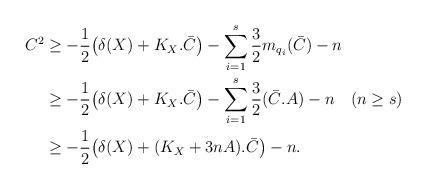
LaTeX: \begin{align*} C^2 &\geq -\frac{1}{2}\big( \delta(X) + K_X.\bar{C} \big) - \sum_{i=1}^s \frac{3}{2}m_{q_i}(\bar{C}) - n\\ &\geq -\frac{1}{2}\big( \delta(X) + K_X.\bar{C} \big) - \sum_{i=1}^s \frac{3}{2}(\bar{C}.A) - n \quad( n\geq s)\\ &\geq -\frac{1}{2} \big( \delta(X) + (K_X+3nA).\bar{C} \big) -n. \end{align*}